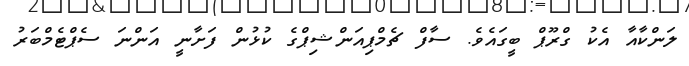
ލަންކާއާ އެކު ގްރޫޕް ބީގައެވެ. ސާފް ޗެމްޕިއަންޝިޕްގެ ކުޅުން ފަށާނީ އަންނަ ސެޕްޓެމްބަރު